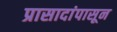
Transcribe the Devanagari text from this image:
प्रासादांपासून